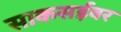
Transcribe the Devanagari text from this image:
साकसईवर